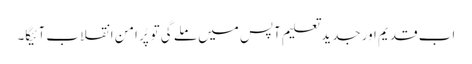
اب قدیم اور جدید تعلیم آپس میں ملے گی تو پُر امن انقلاب آئیگا۔